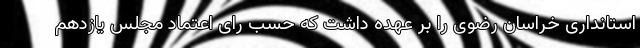
استانداری خراسان رضوی را بر عهده داشت که حسب رای اعتماد مجلس یازدهم